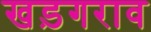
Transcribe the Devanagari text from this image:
खड़गराव